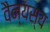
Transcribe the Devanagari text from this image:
वैन्यस्य